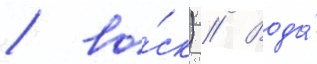
/ во́ск) // Вода́